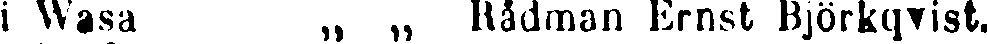
i Wasa „ „ Rådman Ernst Björkqvist.